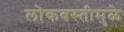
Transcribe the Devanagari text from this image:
लोकवस्तीमुळे